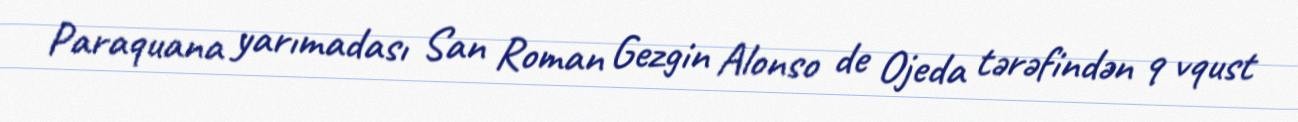
Paraquana yarımadası San Roman Gezgin Alonso de Ojeda tərəfindən 9 vqust